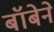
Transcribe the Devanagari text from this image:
बॉबेने